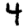
Digit: 4